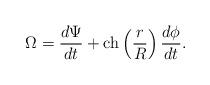
LaTeX: \begin{align*}\Omega=\frac{d\Psi}{dt}+{\rm ch}\left(\frac{r}{R}\right)\frac{d\phi}{dt}.\end{align*}